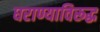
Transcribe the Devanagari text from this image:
घराण्याविरूद्ध